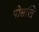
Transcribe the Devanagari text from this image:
पोसलि